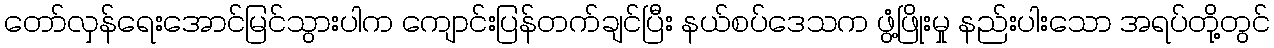
တော်လှန်ရေးအောင်မြင်သွားပါက ကျောင်းပြန်တက်ချင်ပြီး နယ်စပ်ဒေသက ဖွံ့ဖြိုးမှု နည်းပါးသော အရပ်တို့တွင်